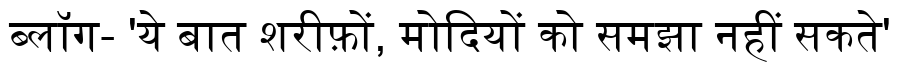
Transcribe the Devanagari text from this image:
ब्लॉग- 'ये बात शरीफ़ों, मोदियों को समझा नहीं सकते'